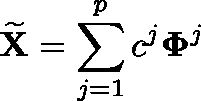
\widetilde { \mathbf { X } } = \sum _ { j = 1 } ^ { p } c ^ { j } \mathbf { \Phi } ^ { j }